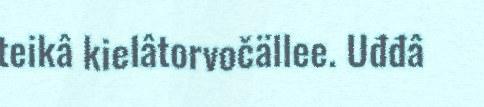
teikâ kielâtorvočällee. Uđđâ